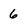
Character: 6